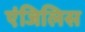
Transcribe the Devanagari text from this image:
एंजिलिस